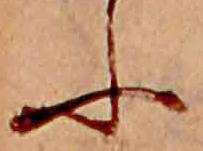
ふ